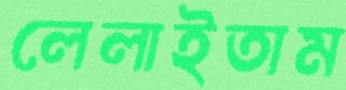
লেলাইতাম